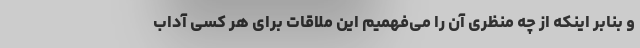
و بنابر اینکه از چه منظری آن را می‌فهمیم این ملاقات برای هر کسی آداب